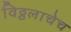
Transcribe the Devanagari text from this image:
विठ्ठलाचेच